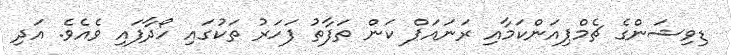
ޑިވިޝަންގެ ޗެމްޕިއަންކަމާއި ރަނައަޕް ކަން ތަފާތު ފަހަރު ތަކުގައި ހޯދާފައި ވެއެވެ. އަދި